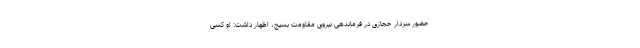
حضور سردار حجازی در فرماندهی نیروی مقاومت بسیج، اظهار داشت: او کسی